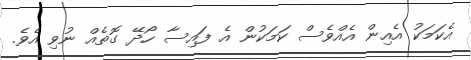
އެކަމަކު އެއިން އެއްވެސް ކަމަކުން އެ ފައިސާ ހޯދޭ ގޮތެއް ނުވި އެވެ.